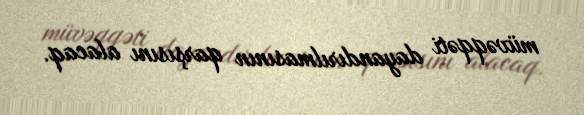
müvəqqəti dayandırılmasının qarşısını alacaq.